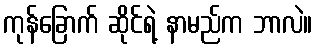
ကုန်ခြောက် ဆိုင်ရဲ့ နာမည်က ဘာလဲ။